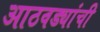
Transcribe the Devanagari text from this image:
आठवड्यांची